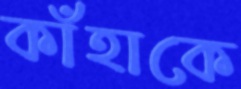
কাঁহাকে